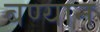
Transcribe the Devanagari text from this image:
बण्यान